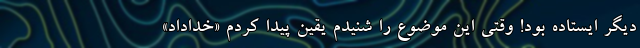
دیگر ایستاده بود! وقتی این موضوع را شنیدم یقین پیدا کردم «خداداد»